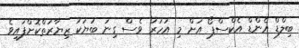
ބިލްޑް އެންޑް އެކްސްޕޯ އަށް މި އަހަރު ވެސް ގިނަ ބަޔަކު ޒިޔާރަތްކޮށްފައިވެ